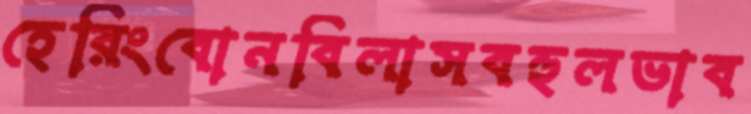
হেরিংবোনবিলাসবহুলভাব